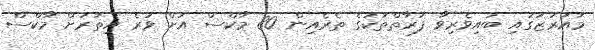
މައުރަޒުގައި ބައިވެރިވާ ފަރާތްތަކުގެ ތެރެއިން 80 މާކްސް އަށް ވުރެ އިތުރަށް މާކްސް